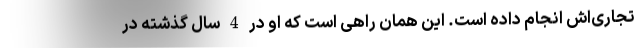
تجاری‌اش انجام داده است. این همان راهی است که او در 4 سال گذشته در